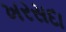
ખરસદા